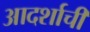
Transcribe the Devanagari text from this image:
आदर्शाची